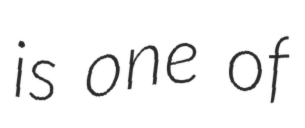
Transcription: is one of